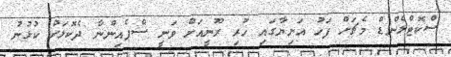
ސްކޮޓްލެންޑް މެޗަށް ފަހު އަނިޔާގައި ހުރި ރޫނީއަށް ވަނީ ސްޕެއިންނާ ދެކޮޅަށް ކުޅުނު